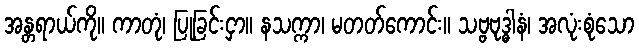
အန္တရာယ်ကို။ ကာတုံ၊ ပြုခြင်းငှာ။ နသက္ကာ၊ မတတ်ကောင်း။ သဗ္ဗဗုဒ္ဓါနံ၊ အလုံးစုံသော